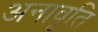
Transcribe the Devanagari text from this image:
अनावृति